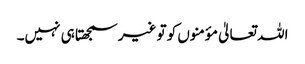
اللہ تعالیٰ مؤمنوں کو تو غیر سمجھتا ہی نہیں۔